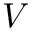
V